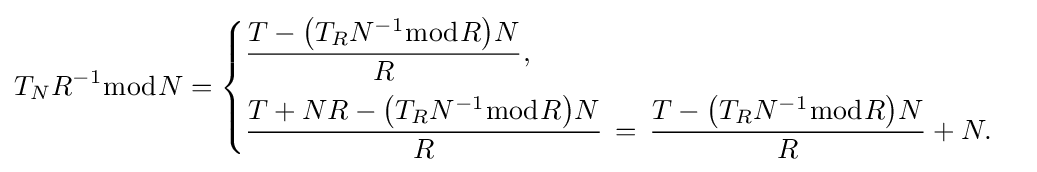
T_{N}R^{-1}{\bmod {N}}={\begin{cases}{\dfrac {T-{\bigl (}T_{R}N^{-1}{\bmod {R}}{\bigr )}N}{R}},\\[8pt]{\dfrac {T+NR-{\bigl (}T_{R}N^{-1}{\bmod {R}}{\bigr )}N}{R}}\,=\,{\dfrac {T-{\bigl (}T_{R}N^{-1}{\bmod {R}}{\bigr )}N}{R}}+N.\end{cases}}